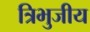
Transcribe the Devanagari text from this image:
त्रिभुजीय